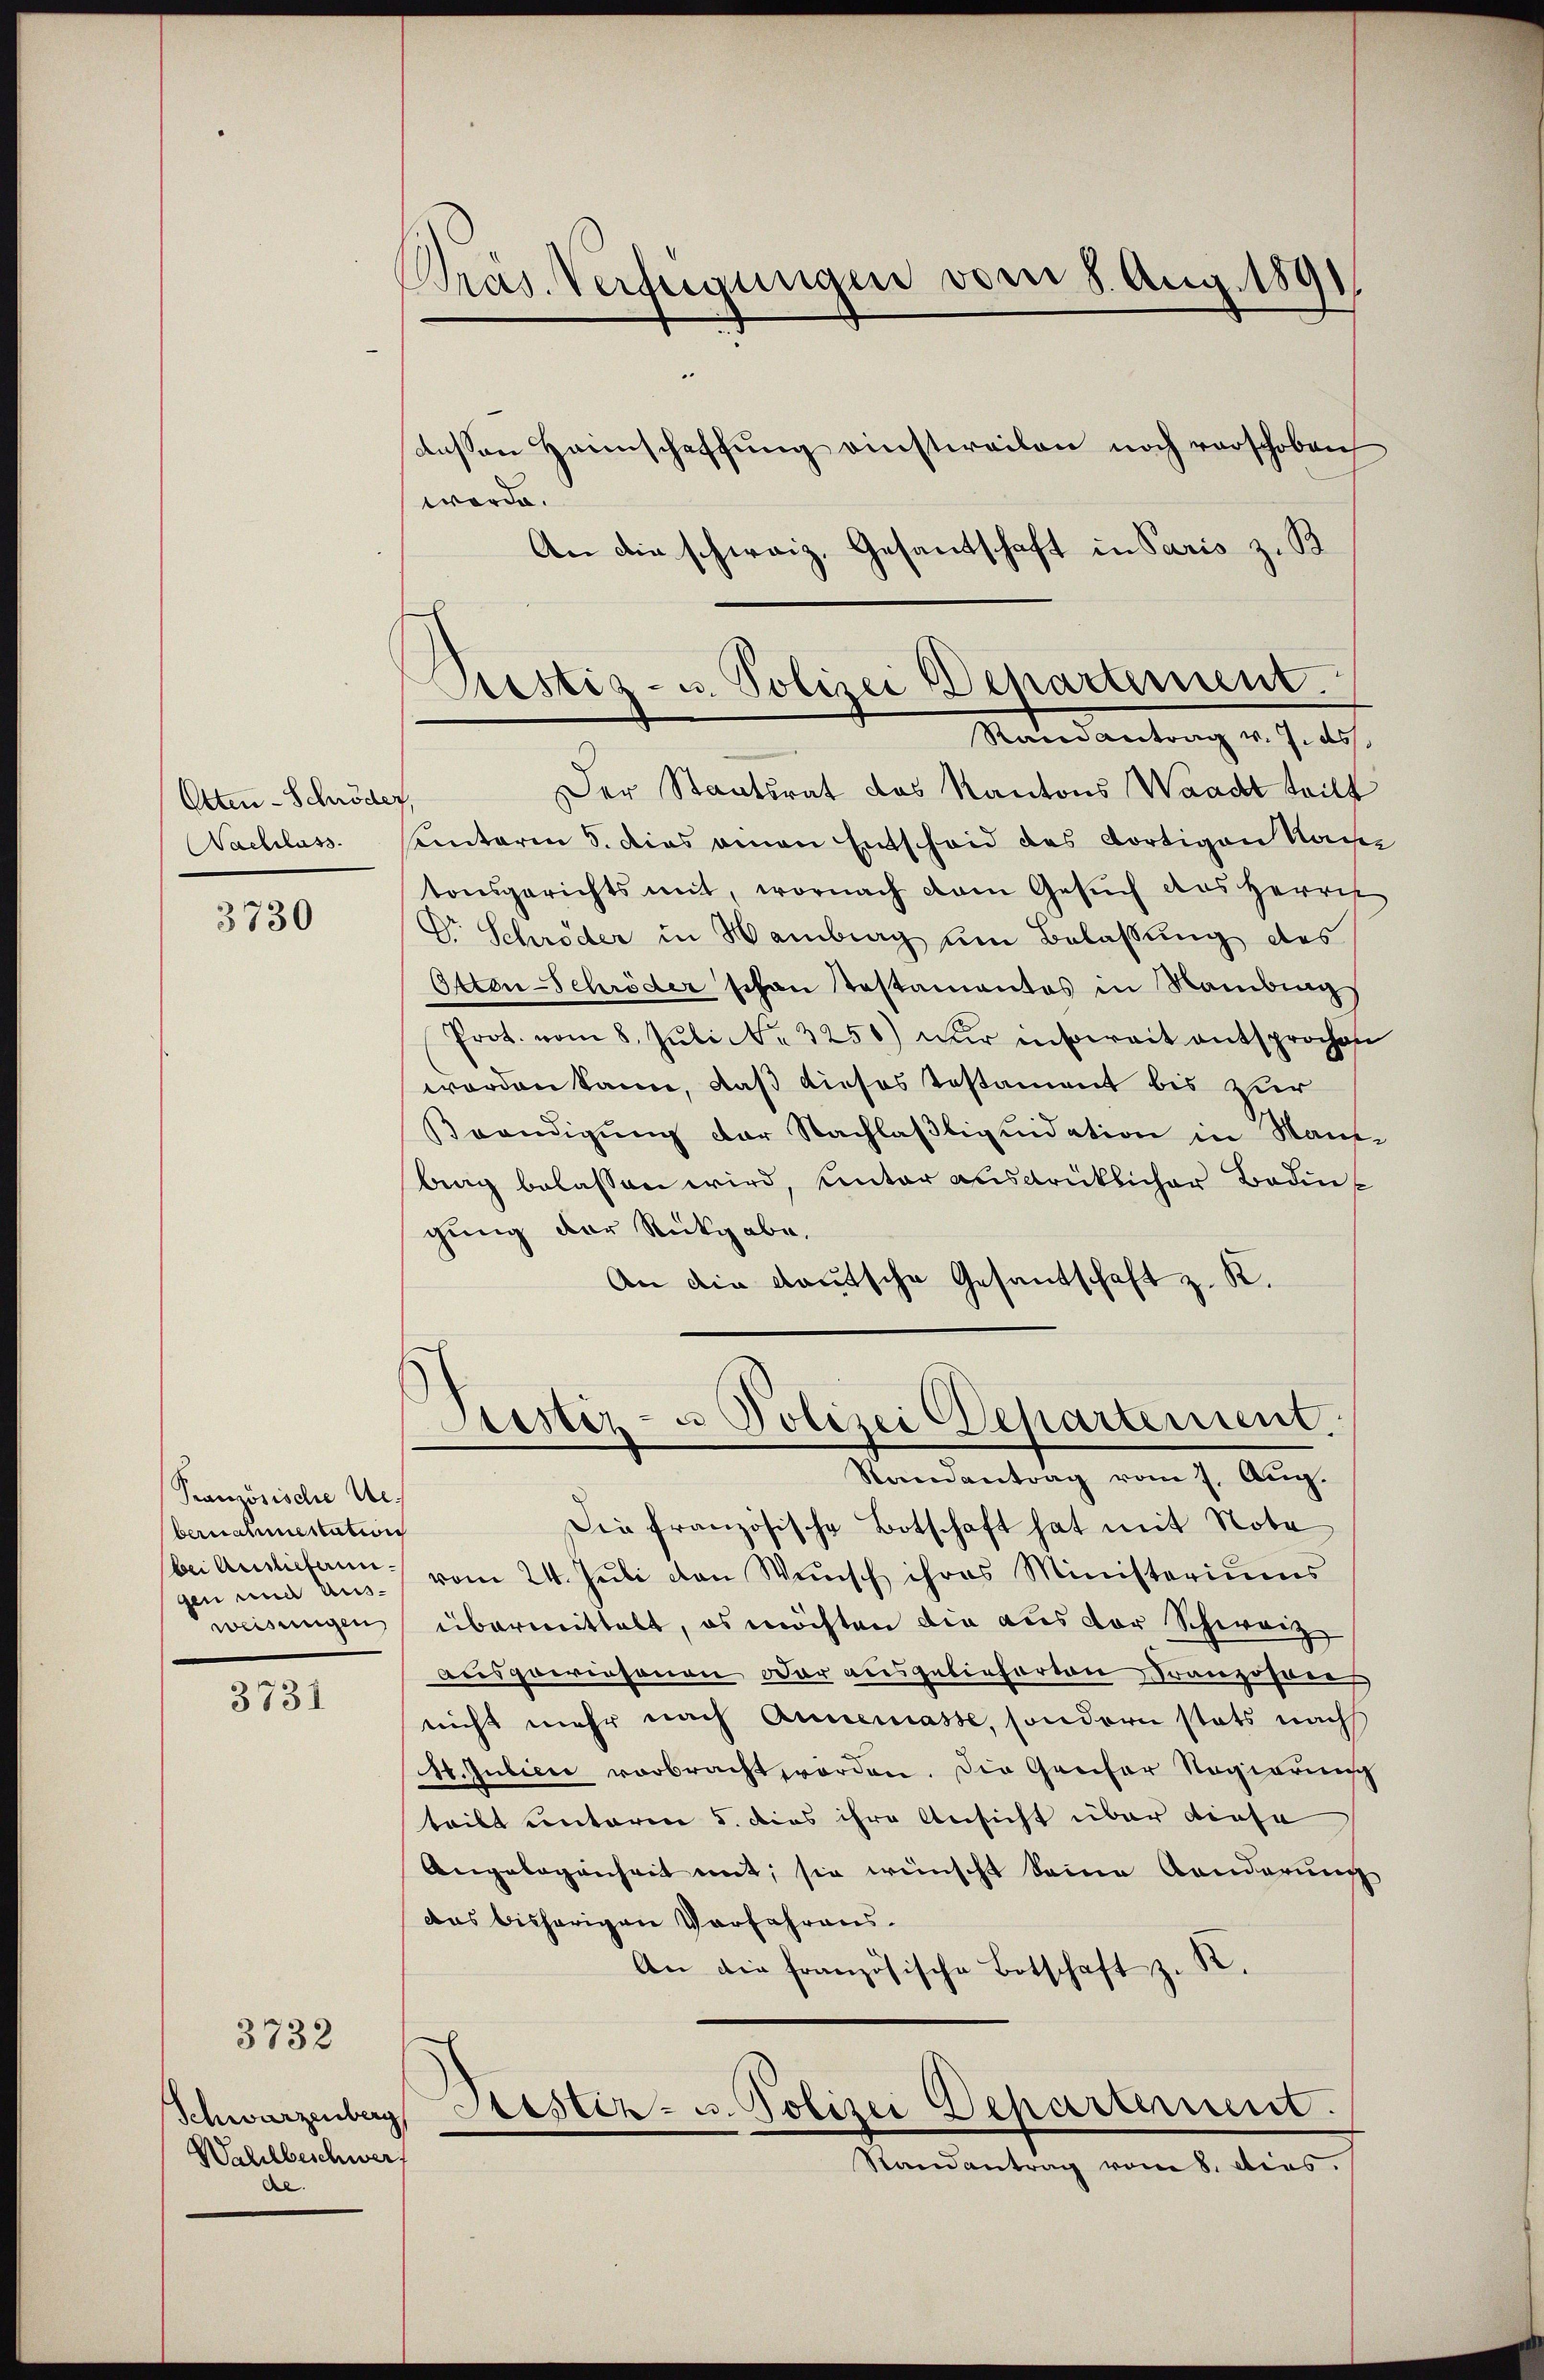
Otten-Schröder,
Nachlass

3730

Pranzösische Uebernahmestation
bei Auslieferun
gen und Ausweisungen

3731

3732

Präs. Verfügungen vom 8. Aug. 189

Schwarzenberg
Weldbeschwer
del.

deßen Heimschaffung einstweilen noch verschoben
werde.
An die schweiz. Gesandschaft in Paris z. B.
Der Staatsrat des Kantons Waadt teilt
antaren S. dies einen Entscheid des dortigen Name
tonsgerichts mit, wornach dem Gesŭch des Herrn
Dr. Schröder in Hamburg um Belassung des
Otten-Schröder schon Testamentos in Mambing
Prot. vom 8. Juli Nr. 3250) wir insoweit entsprochen
worden kann, daß dieses Testament bis zur
Beendigung der Nachlaßliquidation in Maue
bing belassen wird, unter ausdrücklicher Bodens
gung der Rückgabe,
An die deutsche Gesantschaft z. K.

Rustiz- u. Polizei Departement.
Randantrag v. J. ds.

Sistiz- u Polizei Departement.
Randantrag vom 7. Aŭg.

Die französische Botschaft hat mit Note
vom 24. Juli von Wünsch ihres Ministeriums
übermittelt, es möchten die aus der Schwarze
ansporrersonen dar ausgelieferten Franzosen
nicht mehr nach Annemasse, sondern stets nach
1. Julier vorbracht worden. Die Genfer Regierun
teilt unterm 5. dies ihre Ansicht über diese
Angebogenheit mit, sie wünscht keine Aenderŭng
das bisherigen Vorfahrens.
An die französische Botschaft z. R.
Sistiz- u. Polizei Departement.
Randantrag vom 8. dies.